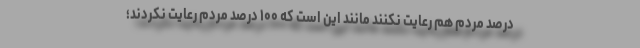
درصد مردم هم رعایت نکنند مانند این است که ۱۰۰ درصد مردم رعایت نکردند؛